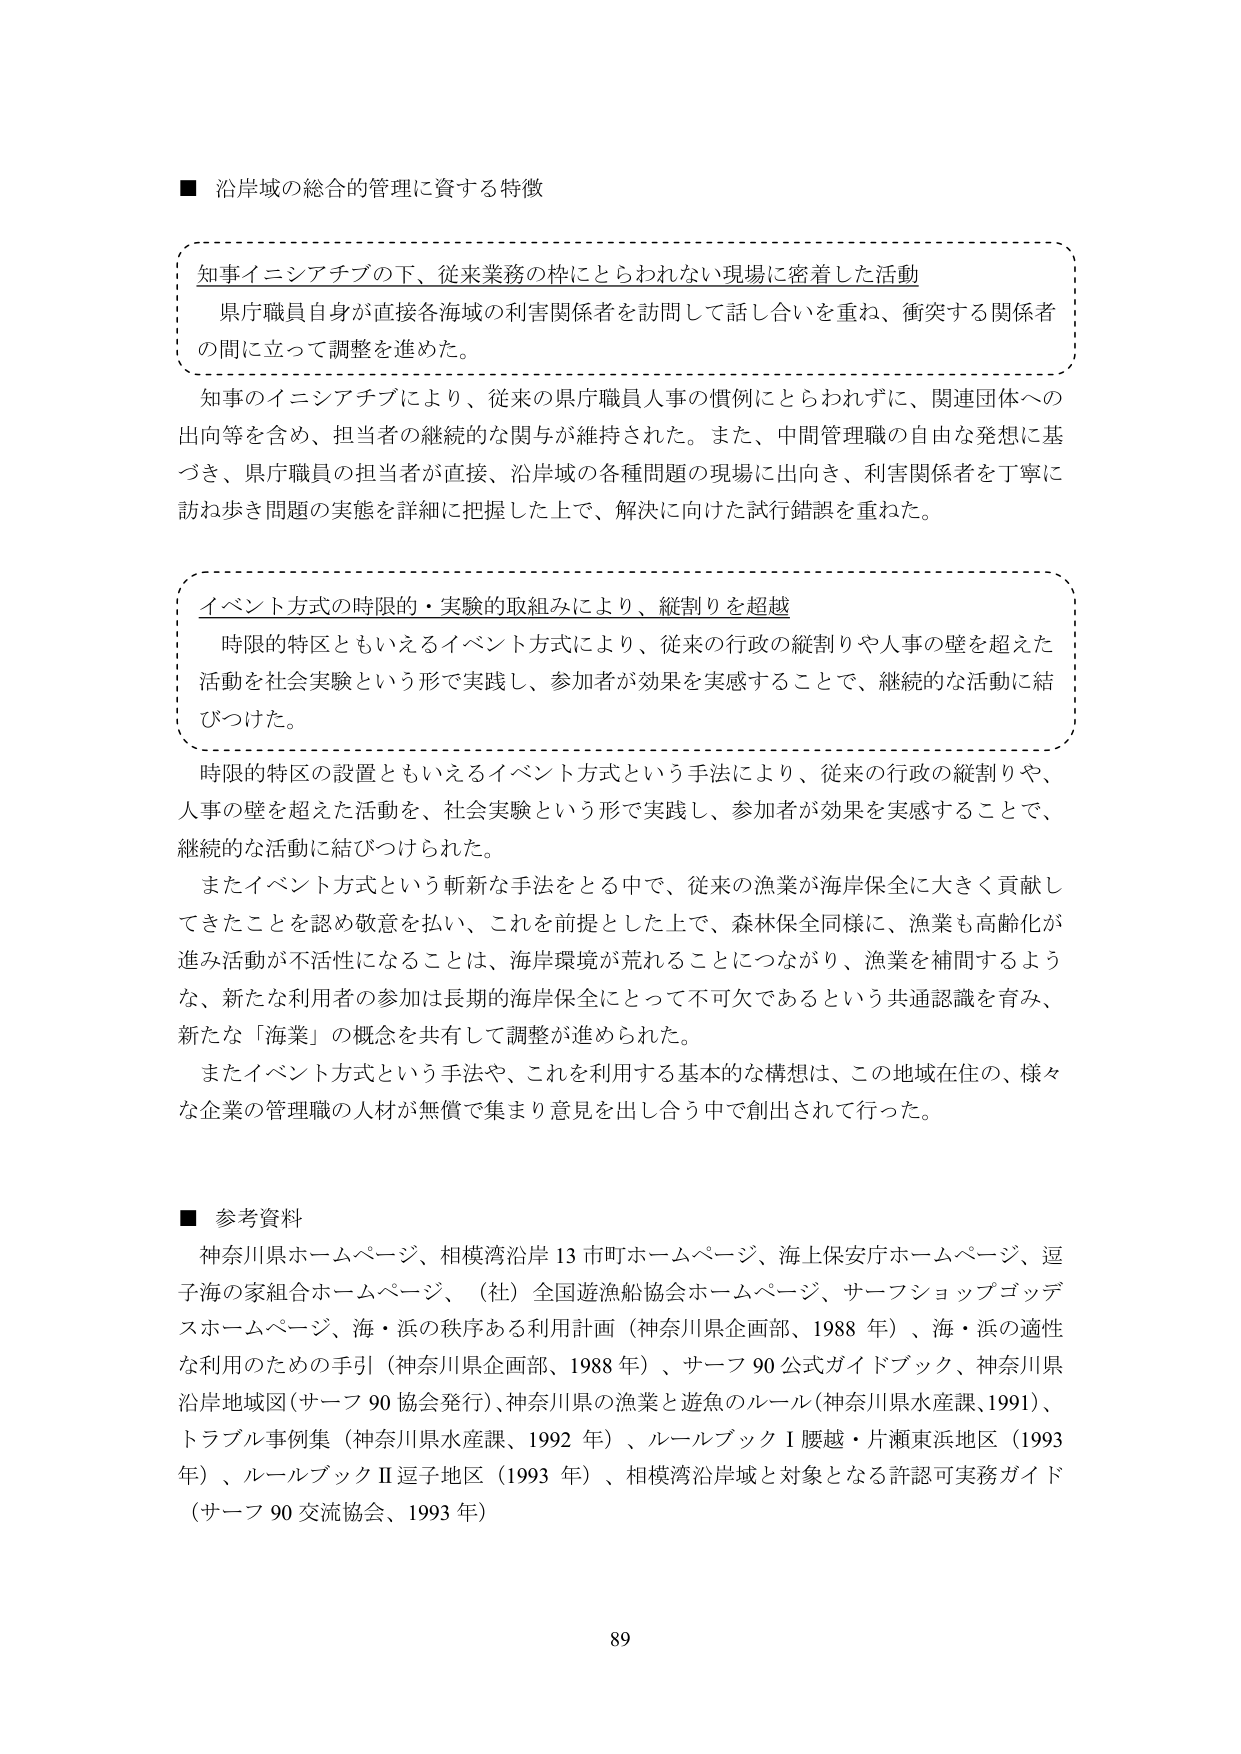
■ 沿岸域の総合的管理に資する特徴

知事イニシアチブの下、従来業務の枠にとらわれない現場に密着した活動
県庁職員自身が直接各海域の利害関係者を訪問して話し合いを重ね、衝突する関係者の間で立って調整を進めた。

知事のイニシアチブにより、従来の県庁職員人事の慣例にとらわれずに、関連団体への出向等を含め、担当者の継続的な関与が維持された。また、中間管理職の自由な発想に基づき、県庁職員の担当者が直接、沿岸域の各種問題の現場に出向き、利害関係者を丁寧に訪ね歩き問題の実態を詳細に把握した上で、解決に向けた試行錯誤を重ねた。

イベント方式の時限的・実験的取組みにより、縦割りを超越
時限的特区ともいえるイベント方式により、従来の行政の縦割りや人事の壁を超えた活動を社会実験という形で実践し、参加者が効果を実感することで、継続的な活動に結びつけた。

時限的特区の設置ともいえるイベント方式という手法により、従来の行政の縦割りや、人事の壁を超えた活動を、社会実験という形で実践し、参加者が効果を実感することで、継続的な活動に結びつけられた。

またイベント方式という斬新な手法をとる中で、従来の漁業が海岸保全に大きく貢献してきたことを認め敬意を払い、これを前提とした上で、森林保全同様に、漁業も高齢化が進み活動が不活性になることは、海岸環境が荒れることにつながり、漁業を補間するような、新たな利用者の参加は長期的海岸保全にとって不可欠であるという共通認識を育み、新たな「海業」の概念を共有して調整が進められた。

またイベント方式という手法や、これを利用する基本的な構想は、この地域在住の、様々な企業の管理職の人材が無償で集まり意見を出し合う中で創出されて行った。

■ 参考資料
神奈川県ホームページ、相模湾沿岸13市町ホームページ、海上保安庁ホームページ、逗子海の家組合ホームページ、（社）全国遊漁船協会ホームページ、サーフショップゴッデスホームページ、海・浜の秩序ある利用計画（神奈川県企画部、1988年）、海・浜の適性な利用のための手引（神奈川県企画部、1988年）、サーフ90公式ガイドブック、神奈川県沿岸地域図（サーフ90協会発行）、神奈川県の漁業と遊魚のルール（神奈川県水産課、1991）、トラブル事例集（神奈川県水産課、1992年）、ルールブックⅠ腰越・片瀬東浜地区（1993年）、ルールブックⅡ逗子地区（1993年）、相模湾沿岸域と対象となる許認可実務ガイド（サーフ90交流協会、1993年）

89